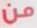
من